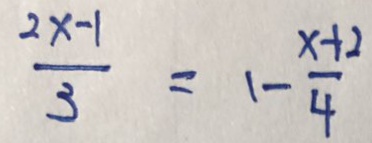
\frac { 2 x - 1 } { 3 } = 1 - \frac { x + 2 } { 4 }